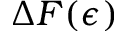
\Delta F ( \epsilon )